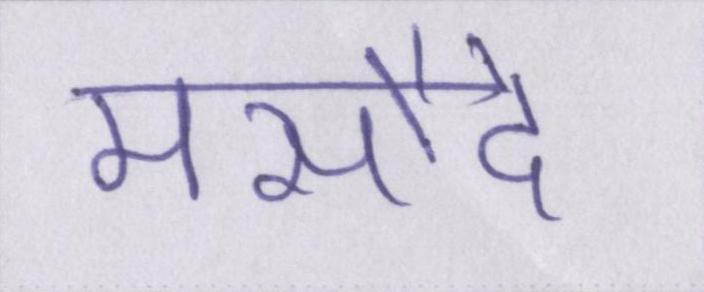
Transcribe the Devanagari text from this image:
मसौदे